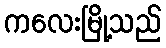
ကလေးမြို့သည်